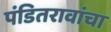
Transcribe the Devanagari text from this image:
पंडितरावांचा